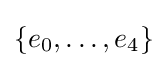
\{e_{0},\ldots ,e_{4}\}